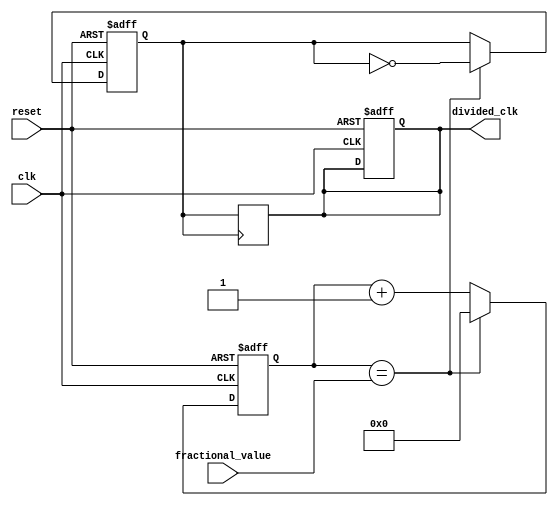
module fractional_clock_divider (
    input wire clk,
    input wire reset,
    input wire [7:0] fractional_value,
    output wire divided_clk
);

reg [7:0] count;
reg divided_clk_reg;
reg sync_clk;

always @(posedge clk or posedge reset) begin
    if (reset) begin
        count <= 8'b0;
        divided_clk_reg <= 1'b0;
        sync_clk <= 1'b0;
    end else begin
        if (count == fractional_value) begin
            count <= 8'b0;
            divided_clk_reg <= ~divided_clk_reg;
        end else begin
            count <= count + 1;
        end
    end
end

always @(posedge divided_clk_reg) begin
    sync_clk <= divided_clk_reg;
end

assign divided_clk = sync_clk;

endmodule